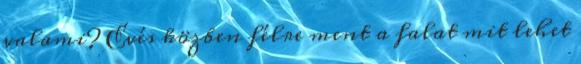
valami? Evés közben félre ment a falat mit lehet